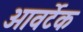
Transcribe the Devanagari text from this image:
ओवर्टेक